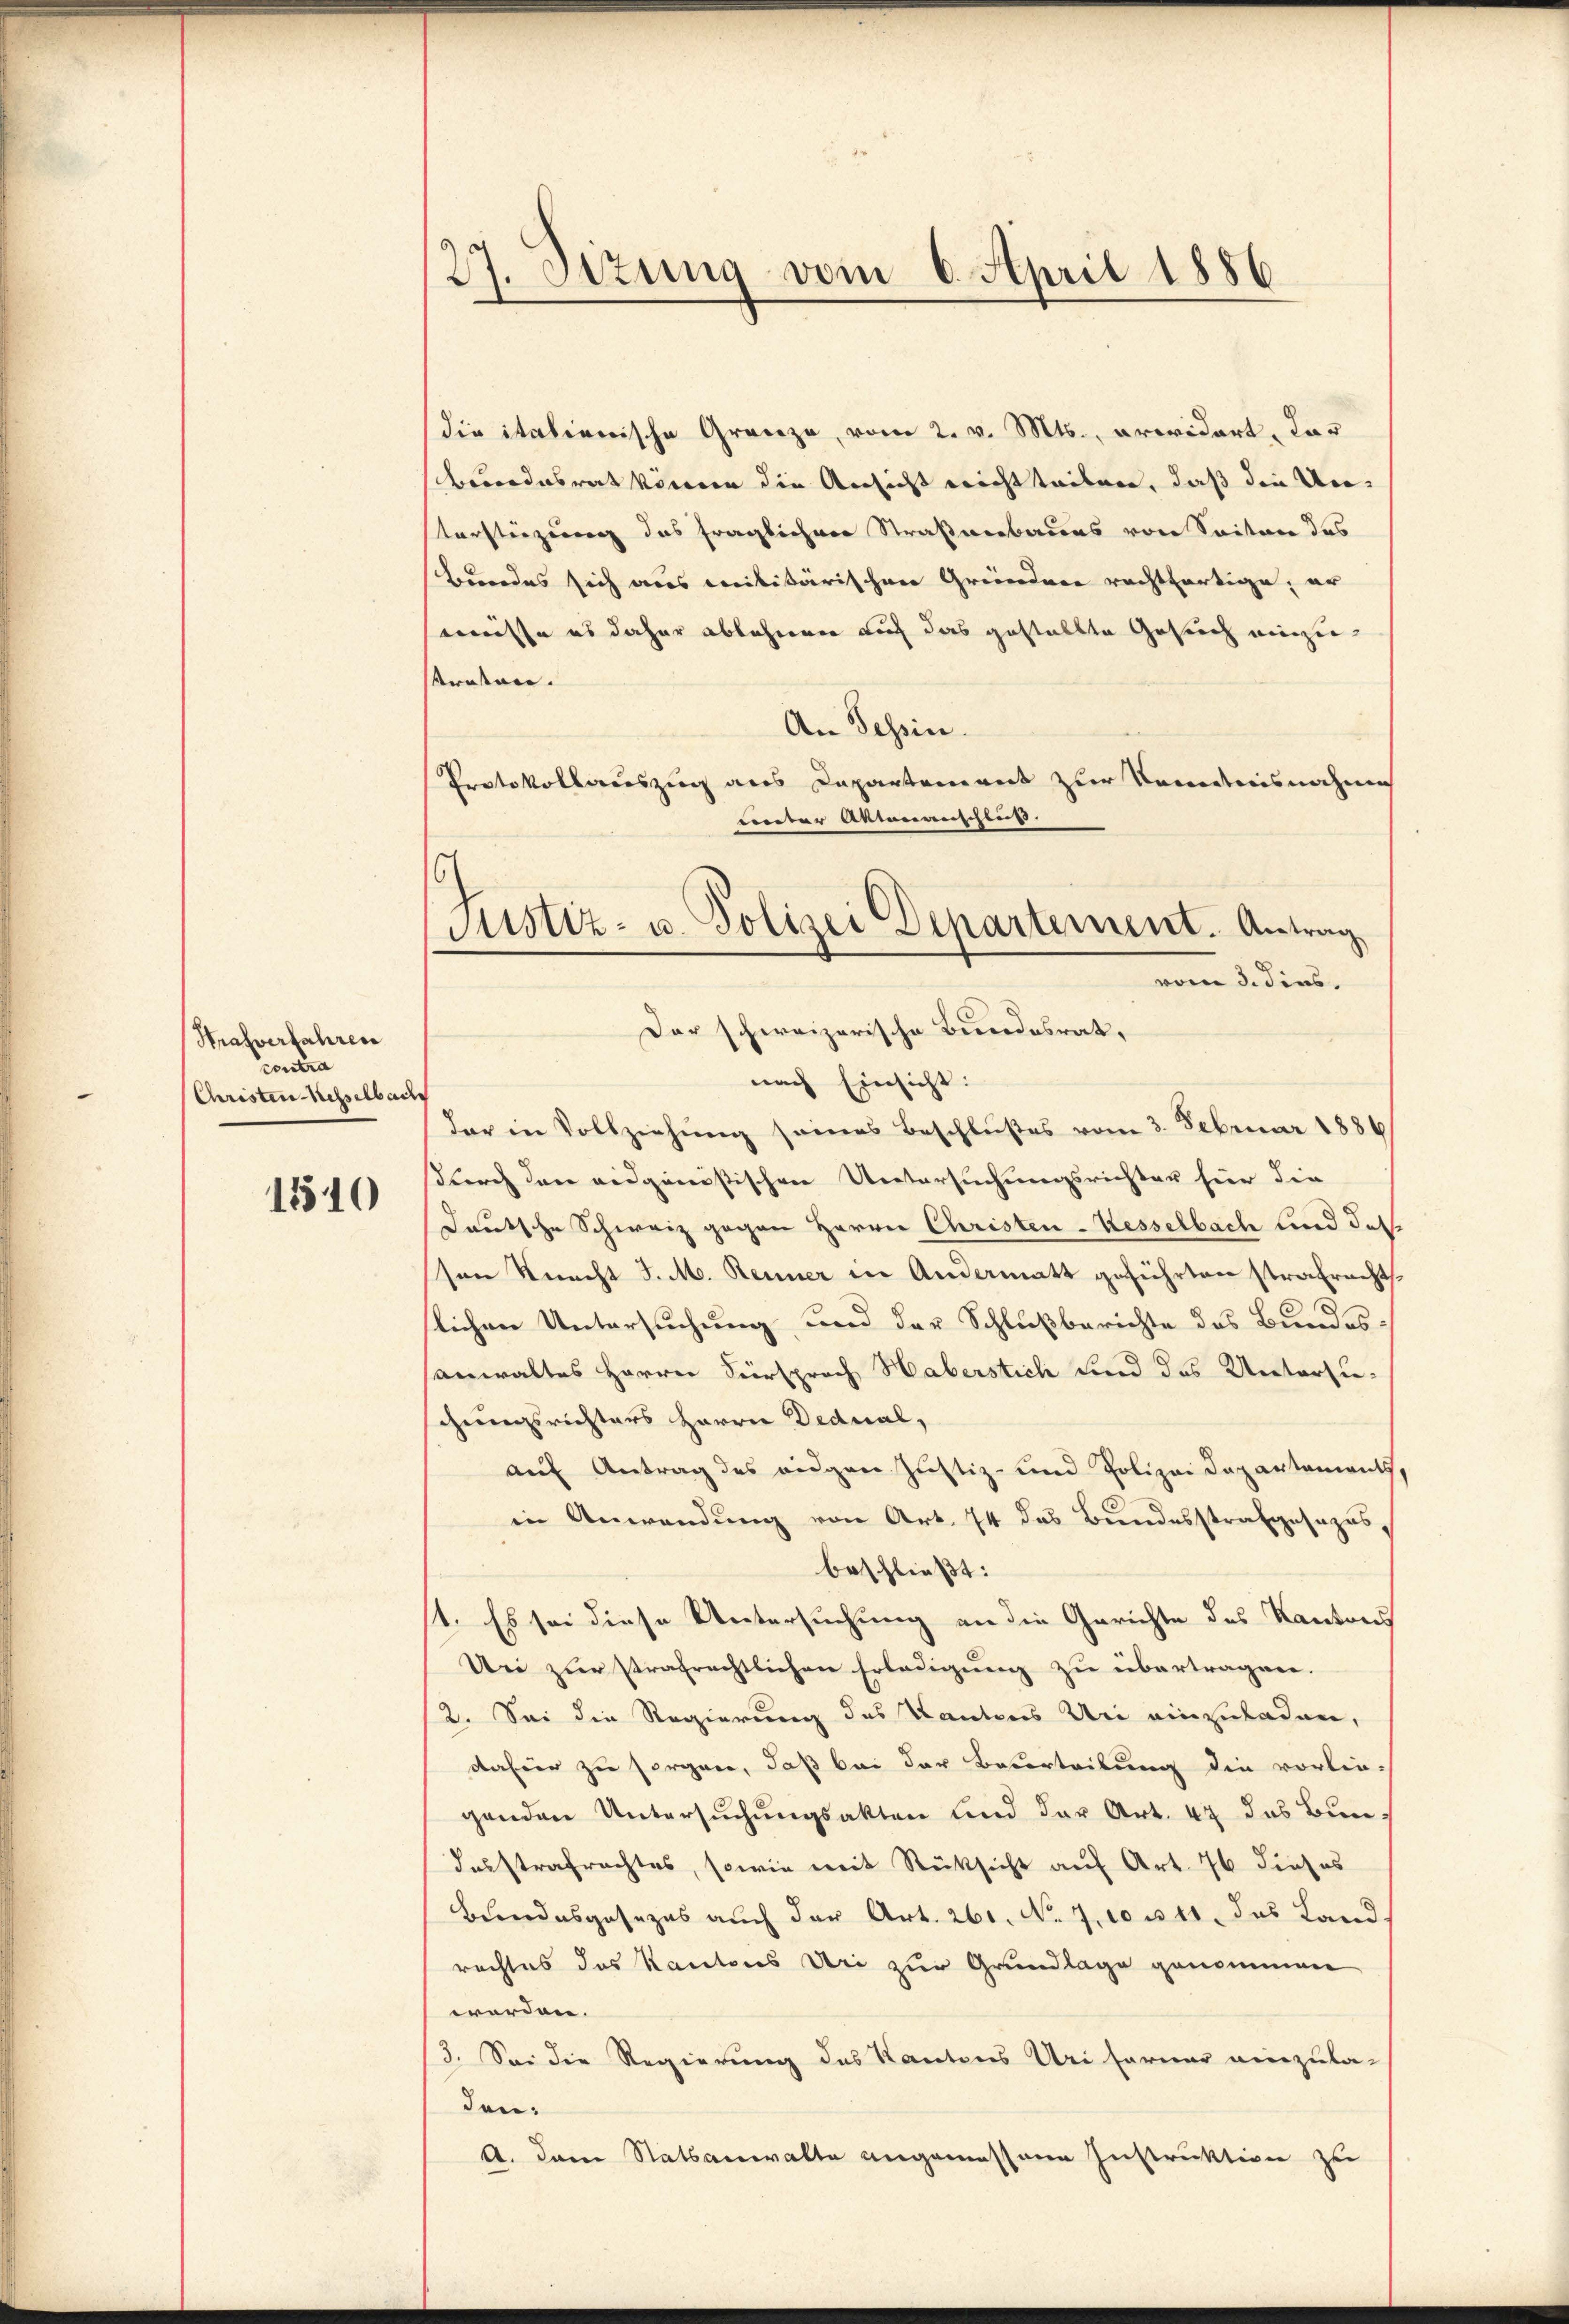
Hrasverfahren
contra
Christen Kesselbach

1510

27. Sitzung vom 6. April 1886

die italienische Gränze, vom 2. v. Mts., erwidert, das
berordesrat können die Ansicht nichtteilen, daß die Unterstinzig das fraglichen Straßenbaues von Seiten das
Bundes sich aus militärischen Gründere rechtfertige, er
müsse es daher ablehnen auf das gestellte Gesuch einzukrokon.
An Tessin.
Protokollsauszug aus Capartement zur Kenntnisnahme
under Antonenschluss.
nach Einsicht:
dar in Vollziehung seines Beschlußes vom 3. Februar 1886
surch den eidganistischen Untersuchungsrichter für die
Deutsche Schweiz gegen Herrn Christen-Kesselbach und des
sen Knecht J. M. Renner in Andermatt geführten strafrecht,
lichen Untersuchung und der Schlußberichte des Bundesanwaltes Herrn Fürsprach Haberstich und das Untersuchungsrichters Herrn Dedual,
auf Antrag des eidgen Justiz- und Polizei Departements
in Anwendung von Art. 74 das Bundesstrafgesezesbeschließt:
st. Es sei diese Untersuchung an die Gerichte des Kantons
Uni zur strafrechtlichen Erledigung zu übertragen.
2. Sei die Regierung des Kantons Uri einzuladen,
dafür zu sorgen, daß bei der Besorteilung die vorlie-
genden Untersuchungsakten und der Art. 47 das Bun¬
Insstrafrachtes, sowie mit Rücksicht auf Art. 76 dieses
Bundesgesezes auch der Art. 260. No. 700 u. 11. das Land
rechtes das Kantons Uri zur Grundlage genommen
werden.
13. Sei die Regierung des Kantons Uri Ferner einzula-
den:
A. Dem Statsanwalte angemessenen Instruktion zu

Justiz- u. Polizei Departement. Antrag
vom 3. dies
Der schweizerische Bundesrat,